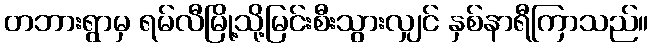
တဘားရွာမှ ရမ်လီမြို့သို့မြင်းစီးသွားလျှင် နှစ်နာရီကြာသည်။